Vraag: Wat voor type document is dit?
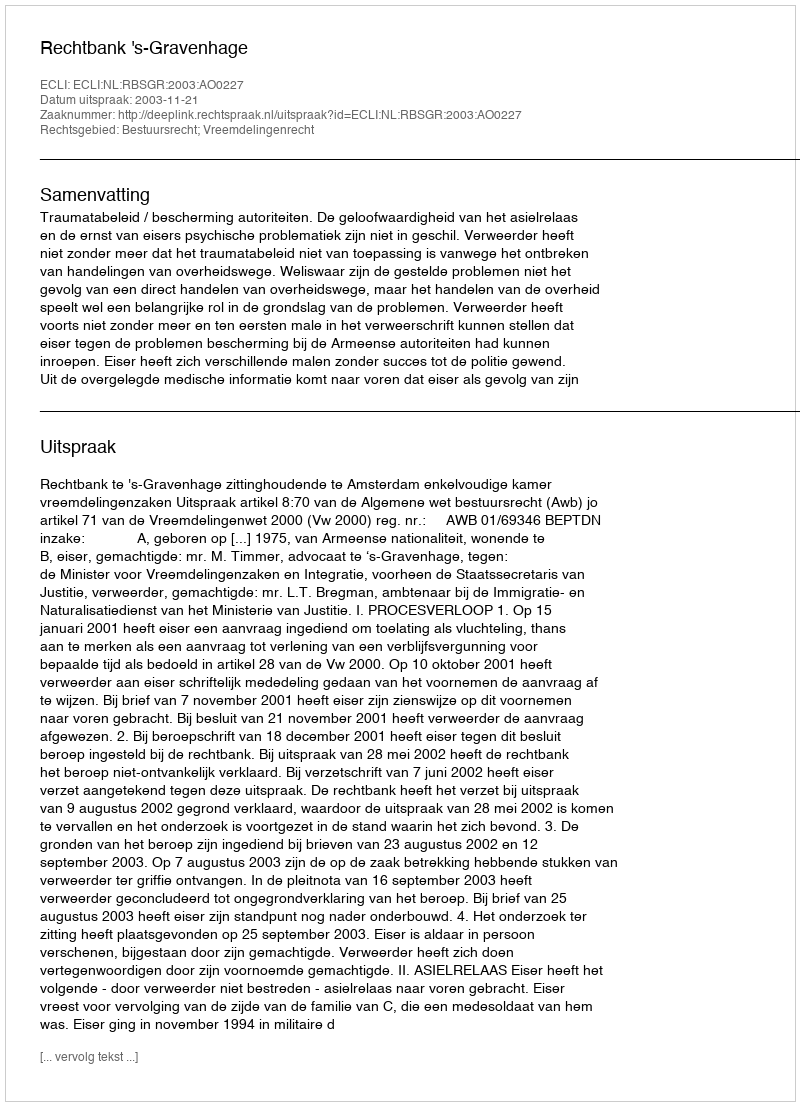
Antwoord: Uitspraak